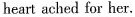
heart ached for her.